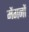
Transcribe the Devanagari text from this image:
मेंगनों